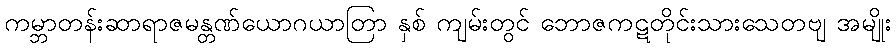
ကမ္ဘာတန်းဆာရာဇမန္တဏ်ယောဂယာတြာ နှစ် ကျမ်းတွင် ဘောဇကဋတိုင်းသားသေတဗျ အမျိုး